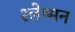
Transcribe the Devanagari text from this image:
श्‍लेष्‍मन